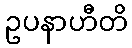
ဥပနာဟီတိ